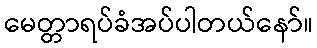
မေတ္တာရပ်ခံအပ်ပါတယ်နော်။